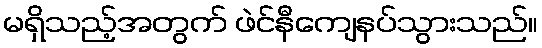
မရှိသည့်အတွက် ဖဲင်နီကျေနပ်သွားသည်။